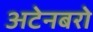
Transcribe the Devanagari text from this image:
अटेनबरो